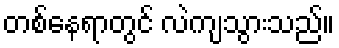
တစ်နေရာတွင် လဲကျသွားသည်။